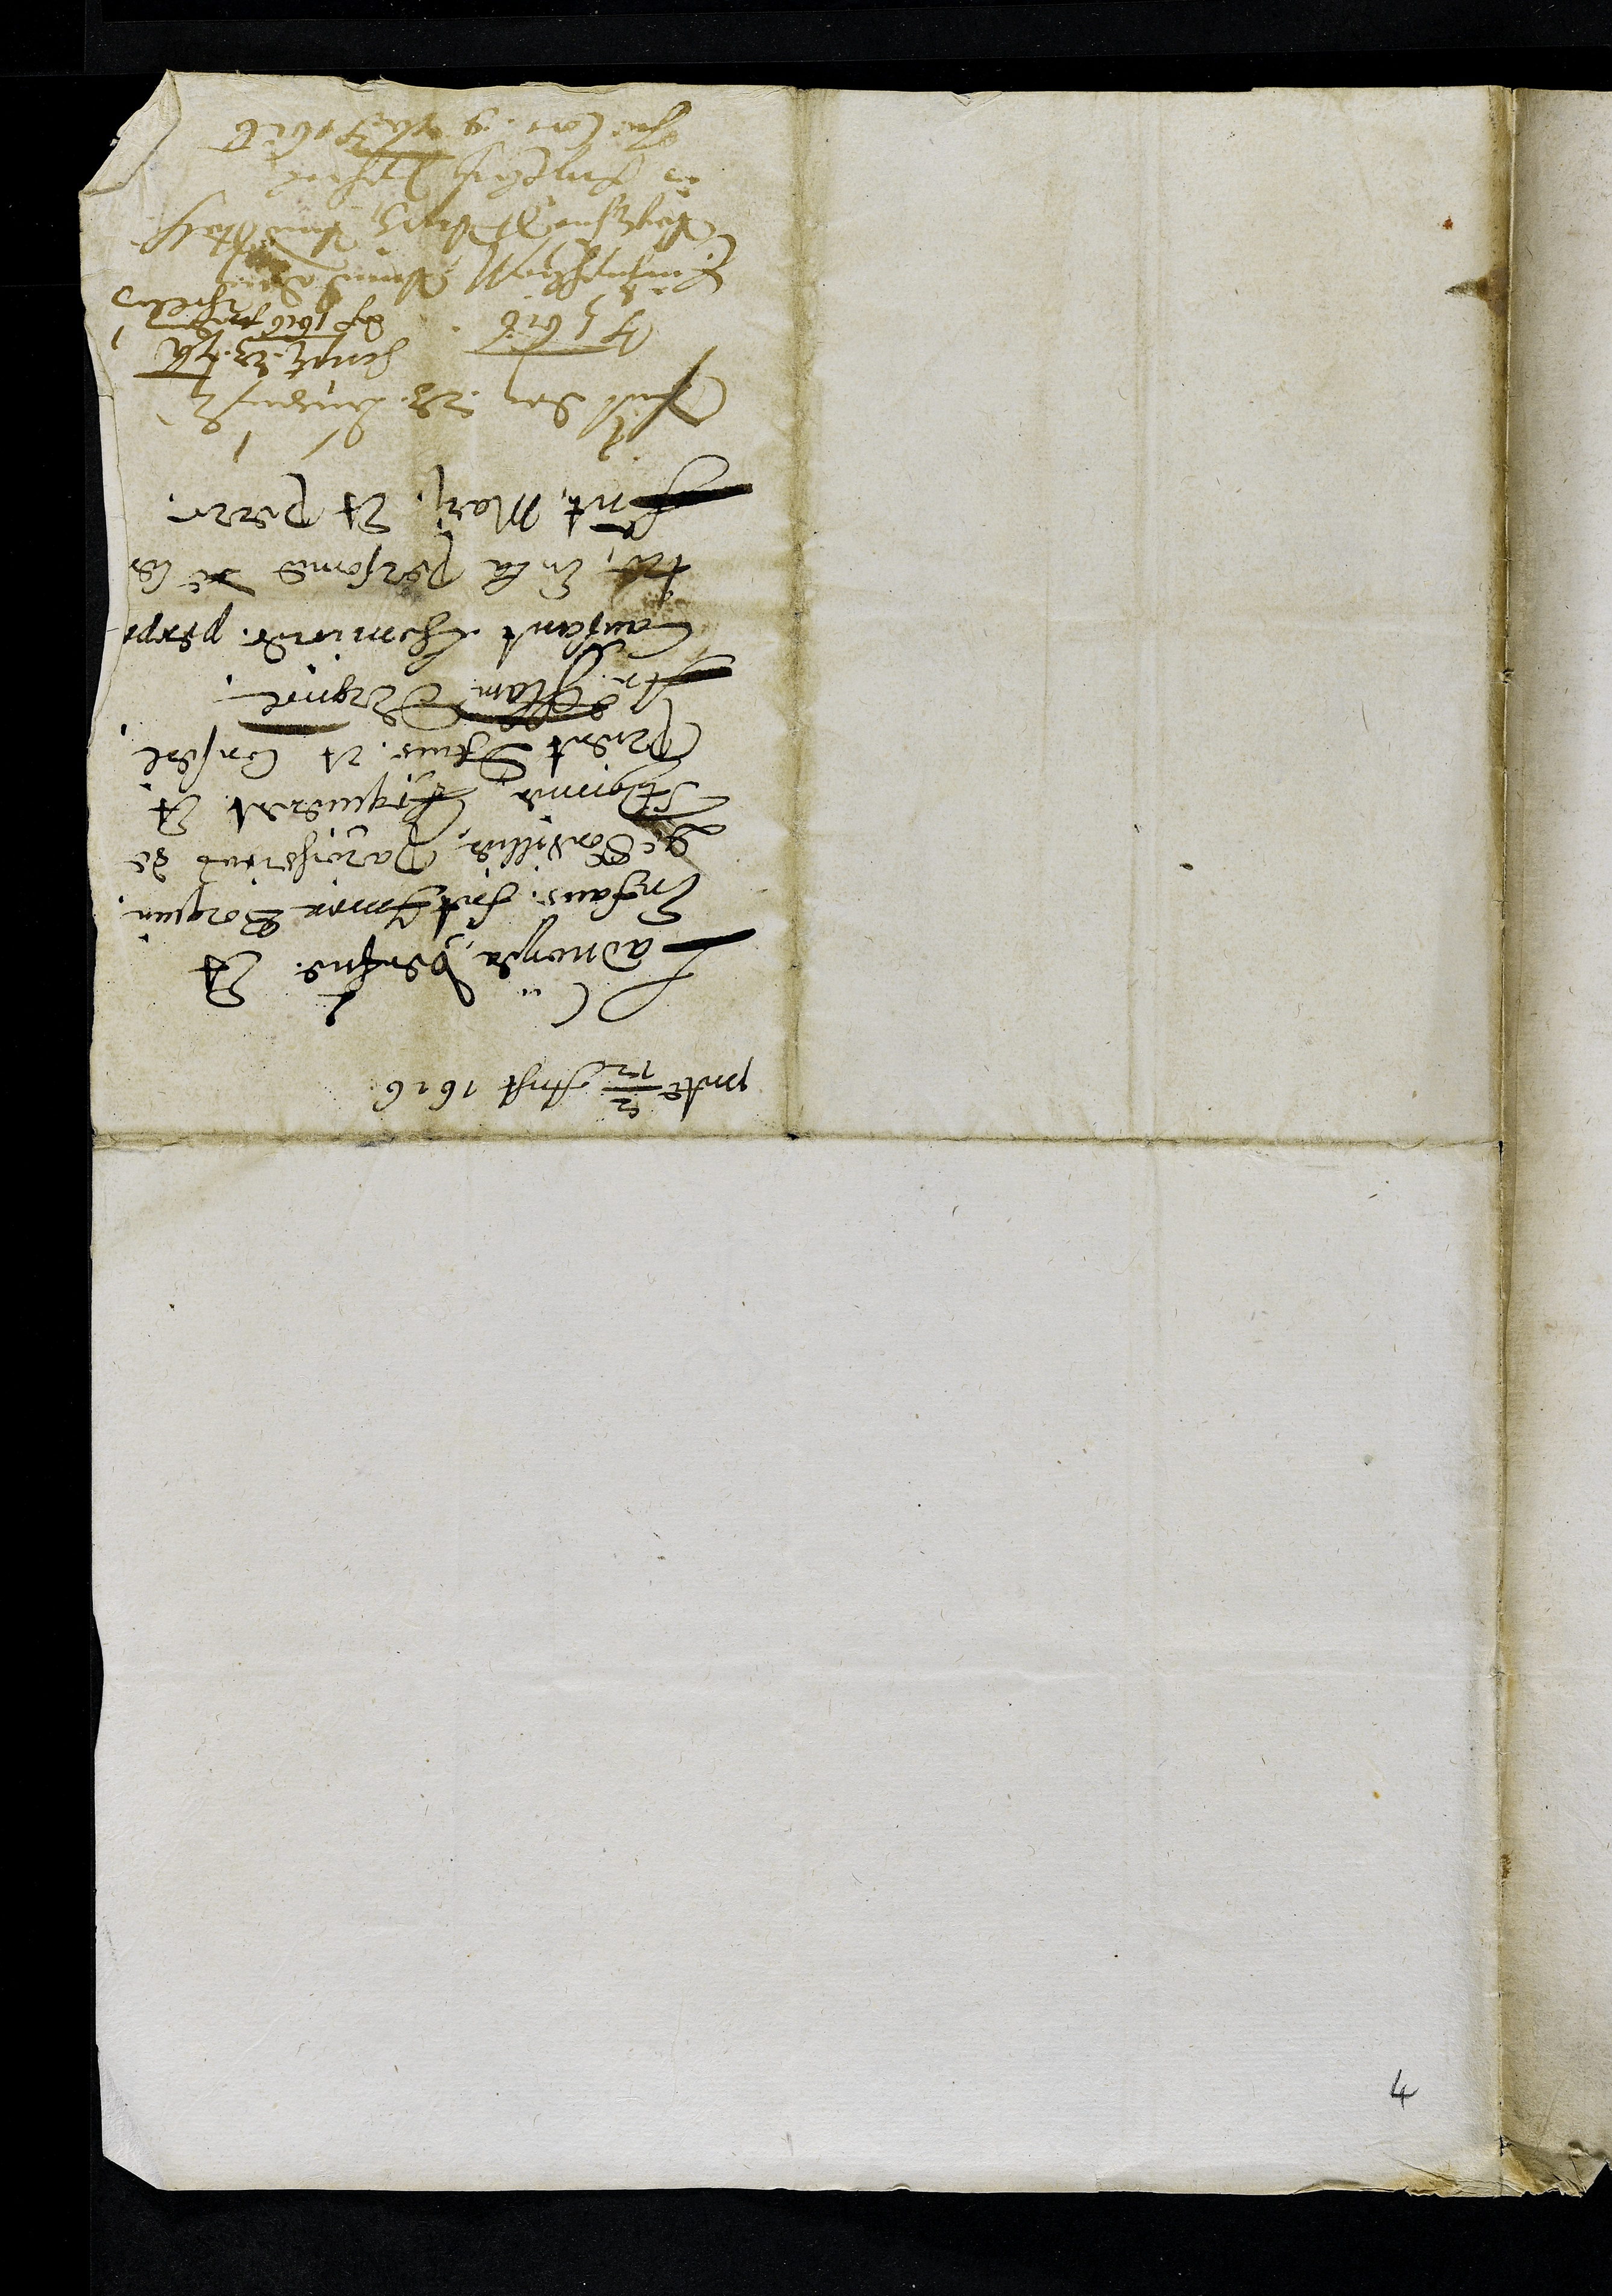
présenté 2/12 Aust 1616
Ladvoyer, veufve Et
Enfans fut Imer Borquin
De Sonvillier, Paroissiens de
St ymier Requierent Et
Prient DAvis et Conseil
Au Chastelain dErguel
Causant lhomicide perpé¬
tre En la Personne de leur
Fut Mari Et perre.
Presentatum den 23. Augusti
anno 1616
Einzuschliessen Vnnd dem
Vogt zue St Vrsitz Vnd Stathalter
in fryen berg zu schicken
In Cons. 9. 7bris 1616
Scriptum 23. 7bris
anno 1616 an dem
Thellung
4